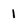
Character: I